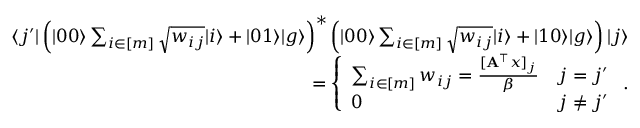
\begin{array} { r } { \langle j ^ { \prime } | \left( | 0 0 \rangle \sum _ { i \in [ m ] } \sqrt { w _ { i j } } | i \rangle + | 0 1 \rangle | g \rangle \right) ^ { * } \left( | 0 0 \rangle \sum _ { i \in [ m ] } \sqrt { w _ { i j } } | i \rangle + | 1 0 \rangle | g \rangle \right) | j \rangle } \\ { = \left\{ \begin{array} { l l } { \sum _ { i \in [ m ] } w _ { i j } = \frac { [ \mathbf { A } ^ { \top } x ] _ { j } } { \beta } } & { j = j ^ { \prime } } \\ { 0 } & { j \neq j ^ { \prime } } \end{array} \right. . } \end{array}